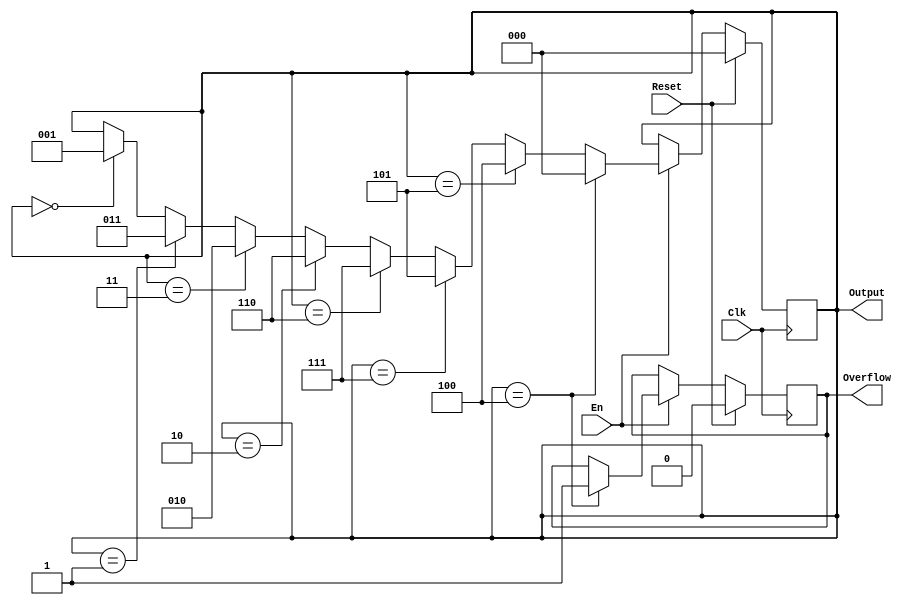
`timescale 1ns / 1ps
//////////////////////////////////////////////////////////////////////////////////
// Company: 
// Engineer: 
// 
// Design Name: 
// Module Name:    gray 
// Project Name: 
// Target Devices: 
// Tool versions: 
// Description: 
//
// Dependencies: 
//
// Revision: 
// Revision 0.01 - File Created
// Additional Comments: 
//
//////////////////////////////////////////////////////////////////////////////////
module gray(
    input Clk,
    input Reset,
    input En,
    output reg [2:0] Output,
    output reg Overflow
    );

always @(posedge Clk) begin
    if (Reset == 1'b1) begin
        Output <= 3'b000;
        Overflow <= 1'b0;
    end
    else if (En == 1'b1) begin
        if (Output == 3'b100) begin
            Overflow <= 1'b1;
            Output <= 3'b000;
        end
        else begin
            if (Output == 3'b000) begin
                Output <= 3'b001;
            end
            if (Output == 3'b001) begin
                Output <= 3'b011;
            end
            if (Output == 3'b011) begin
                Output <= 3'b010;
            end
            if (Output == 3'b010) begin
                Output <= 3'b110;
            end
            if (Output == 3'b110) begin
                Output <= 3'b111;
            end
            if (Output == 3'b111) begin
                Output <= 3'b101;
            end
            if (Output == 3'b101) begin
                Output <= 3'b100;
            end
        end
    end
end

endmodule